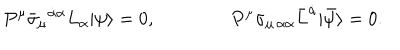
LaTeX: P ^ { \mu } \bar { \sigma } _ { \mu } { } ^ { \dot { \alpha } \alpha } L _ { \alpha } | \psi \rangle = 0 , \qquad \qquad P ^ { \mu } \sigma _ { \mu \, \alpha \dot { \alpha } } \bar { L } ^ { \dot { \alpha } } | \bar { \psi } \rangle = 0 .